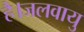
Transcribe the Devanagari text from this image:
है।जलवायु